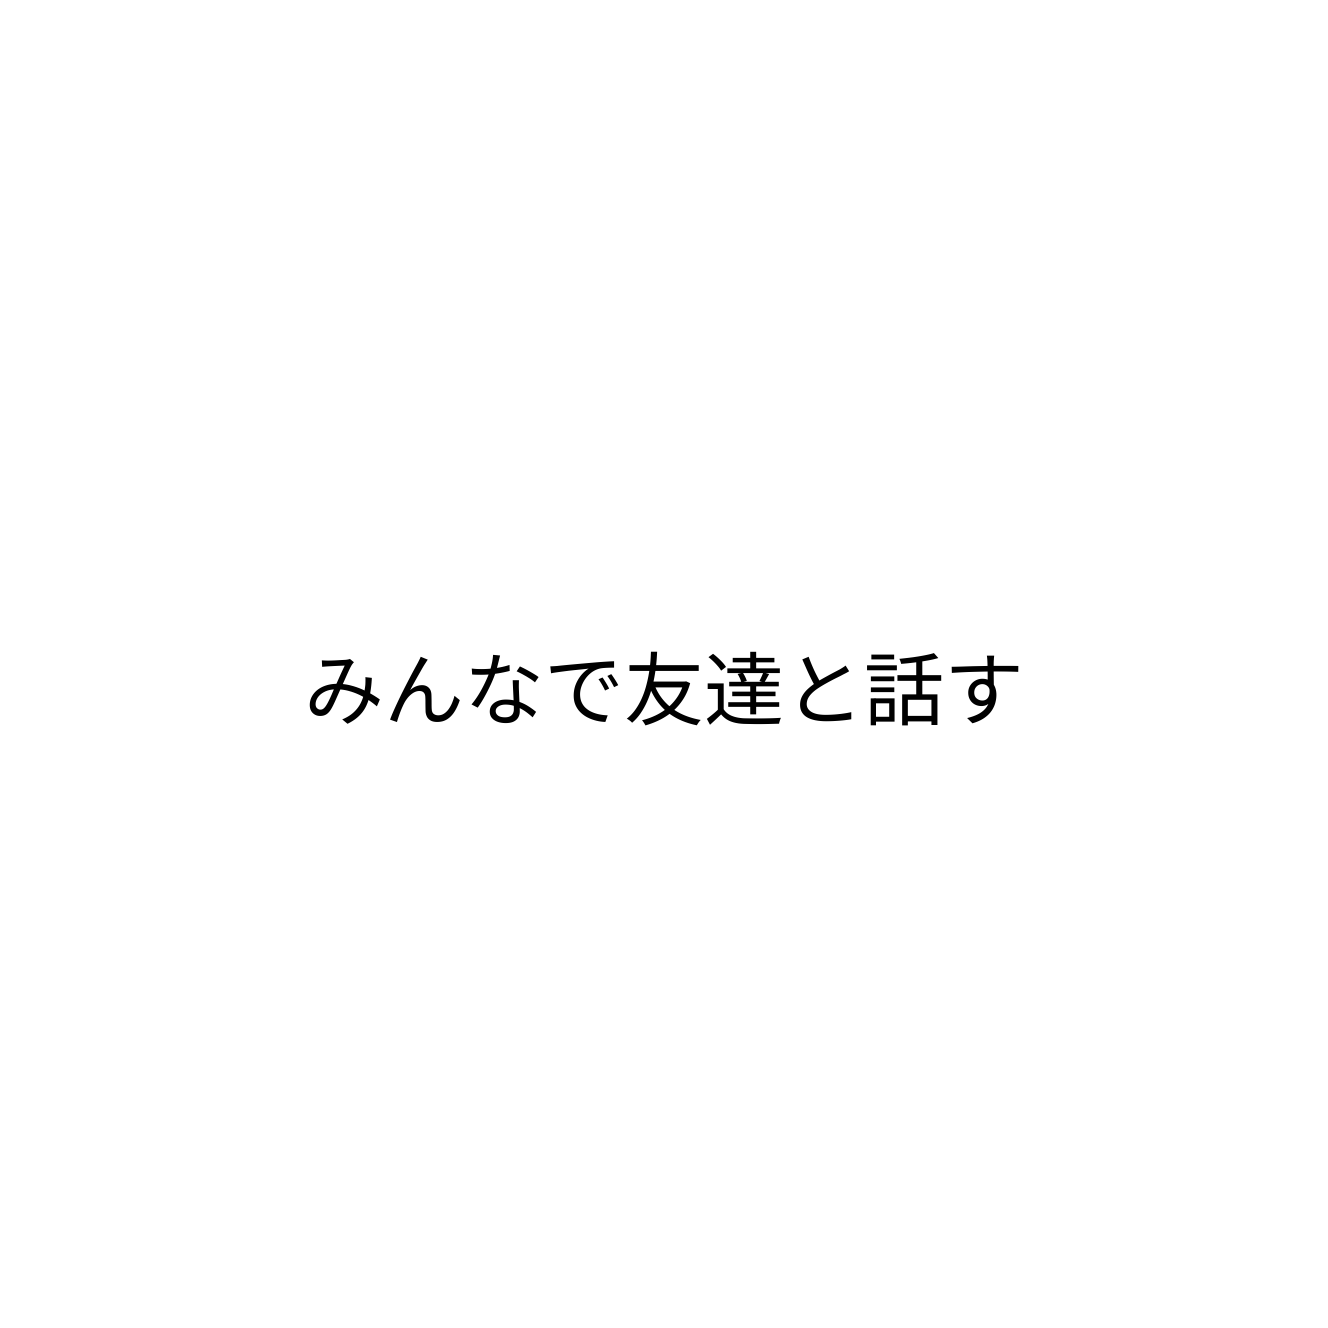
みんなで友達と話す